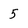
Character: 5